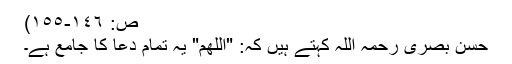
ص: ١٤٦-١٥٥)
حسن بصری رحمہ اللہ کہتے ہیں کہ: "اللھم" یہ تمام دعا کا جامع ہے۔